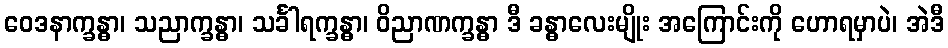
ဝေဒနာက္ခန္ဓာ၊ သညာက္ခန္ဓာ၊ သင်္ခါရက္ခန္ဓာ၊ ဝိညာဏက္ခန္ဓာ ဒီ ခန္ဓာလေးမျိုး အကြောင်းကို ဟောရမှာပဲ၊ အဲဒီ